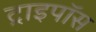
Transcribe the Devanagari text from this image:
ट्राइपॉस